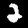
Label: 2